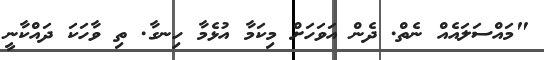
"މައްސަލައެއް ނެތް. ދެން އަވަހަށް މިކަމާ އުޅެމާ ހިނގާ. ތި ވާހަކަ ދައްކާނީ